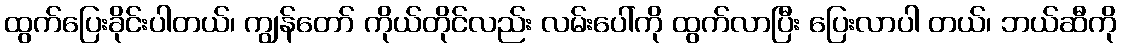
ထွက်ပြေးခိုင်းပါတယ်၊ ကျွန်တော် ကိုယ်တိုင်လည်း လမ်းပေါ်ကို ထွက်လာပြီး ပြေးလာပါ တယ်၊ ဘယ်ဆီကို